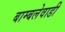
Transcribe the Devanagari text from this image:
बाम्बलेवाडी